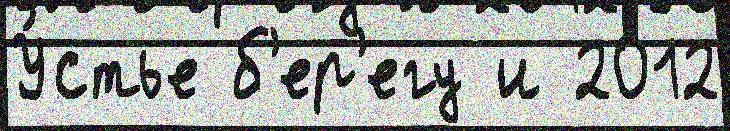
У́стье б'ер'егу и 2012